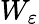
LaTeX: W_{\varepsilon}